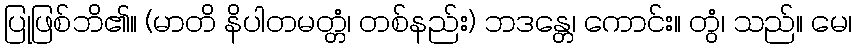
ပြုဖြစ်ဘိ၏။ (မာတိ နိပါတမတ္တံ၊ တစ်နည်း) ဘဒန္တေ၊ ကောင်း။ တွံ၊ သည်။ မေ၊